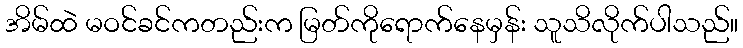
အိမ်ထဲ မဝင်ခင်ကတည်းက မြတ်ကိုရောက်နေမှန်း သူသိလိုက်ပါသည်။